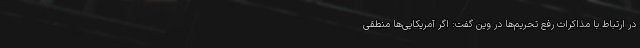
در ارتباط با مذاکرات رفع تحریم‌ها در وین گفت: اگر آمریکایی‌ها منطقی